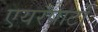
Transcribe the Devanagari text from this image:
एयरपार्टो